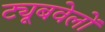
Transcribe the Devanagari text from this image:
ट्यूबवेलों